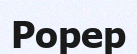
Рорер